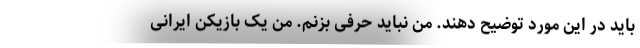
باید در این مورد توضیح دهند. من نباید حرفی بزنم. من یک بازیکن ایرانی